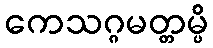
ကေသဂ္ဂမတ္တမ္ပိ